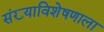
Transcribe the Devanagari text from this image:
संख्याविशेषणाला